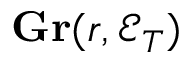
\mathbf { G r } ( r , { \mathcal { E } } _ { T } )